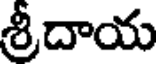
శ్రీదాయ